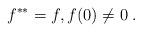
LaTeX: \begin{align*}f^{**} = f, f(0)\neq 0\;.\end{align*}